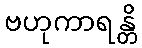
ဗဟုကာရန္တိ